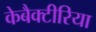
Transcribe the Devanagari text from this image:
केबैक्टीरिया